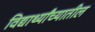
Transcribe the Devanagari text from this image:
विद्यार्थ्यांच्यातील